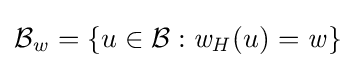
{\mathcal {B_{\mathit {w}}}}=\{u\in {\mathcal {B}}:{\mathit {w_{H}}}(u)={\mathit {w}}\}